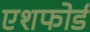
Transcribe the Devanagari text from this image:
एशफोर्ड